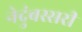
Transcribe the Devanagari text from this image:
नेदुंबस्सरी